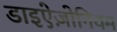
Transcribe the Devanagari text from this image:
डाइऐज़ोनियम